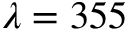
\lambda = 3 5 5